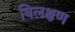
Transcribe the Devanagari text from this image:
बिलक्षण